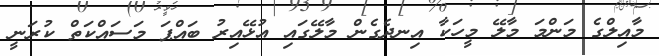
މާއިލްގެ މަންމަ މާލޭ މީހަކާ އިނދެގެން މާލޭގައި އުޅޭއިރު ބައްޕަ މަސައްކަތް ކުރަނީ